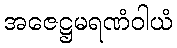
အဇေဋ္ဌမရဏံဝါယံ